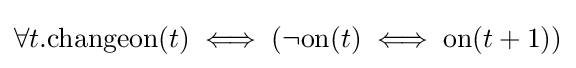
\forall t.\mathrm {changeon} (t)\iff (\neg \mathrm {on} (t)\iff \mathrm {on} (t+1))